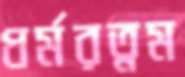
ধর্মরত্নম